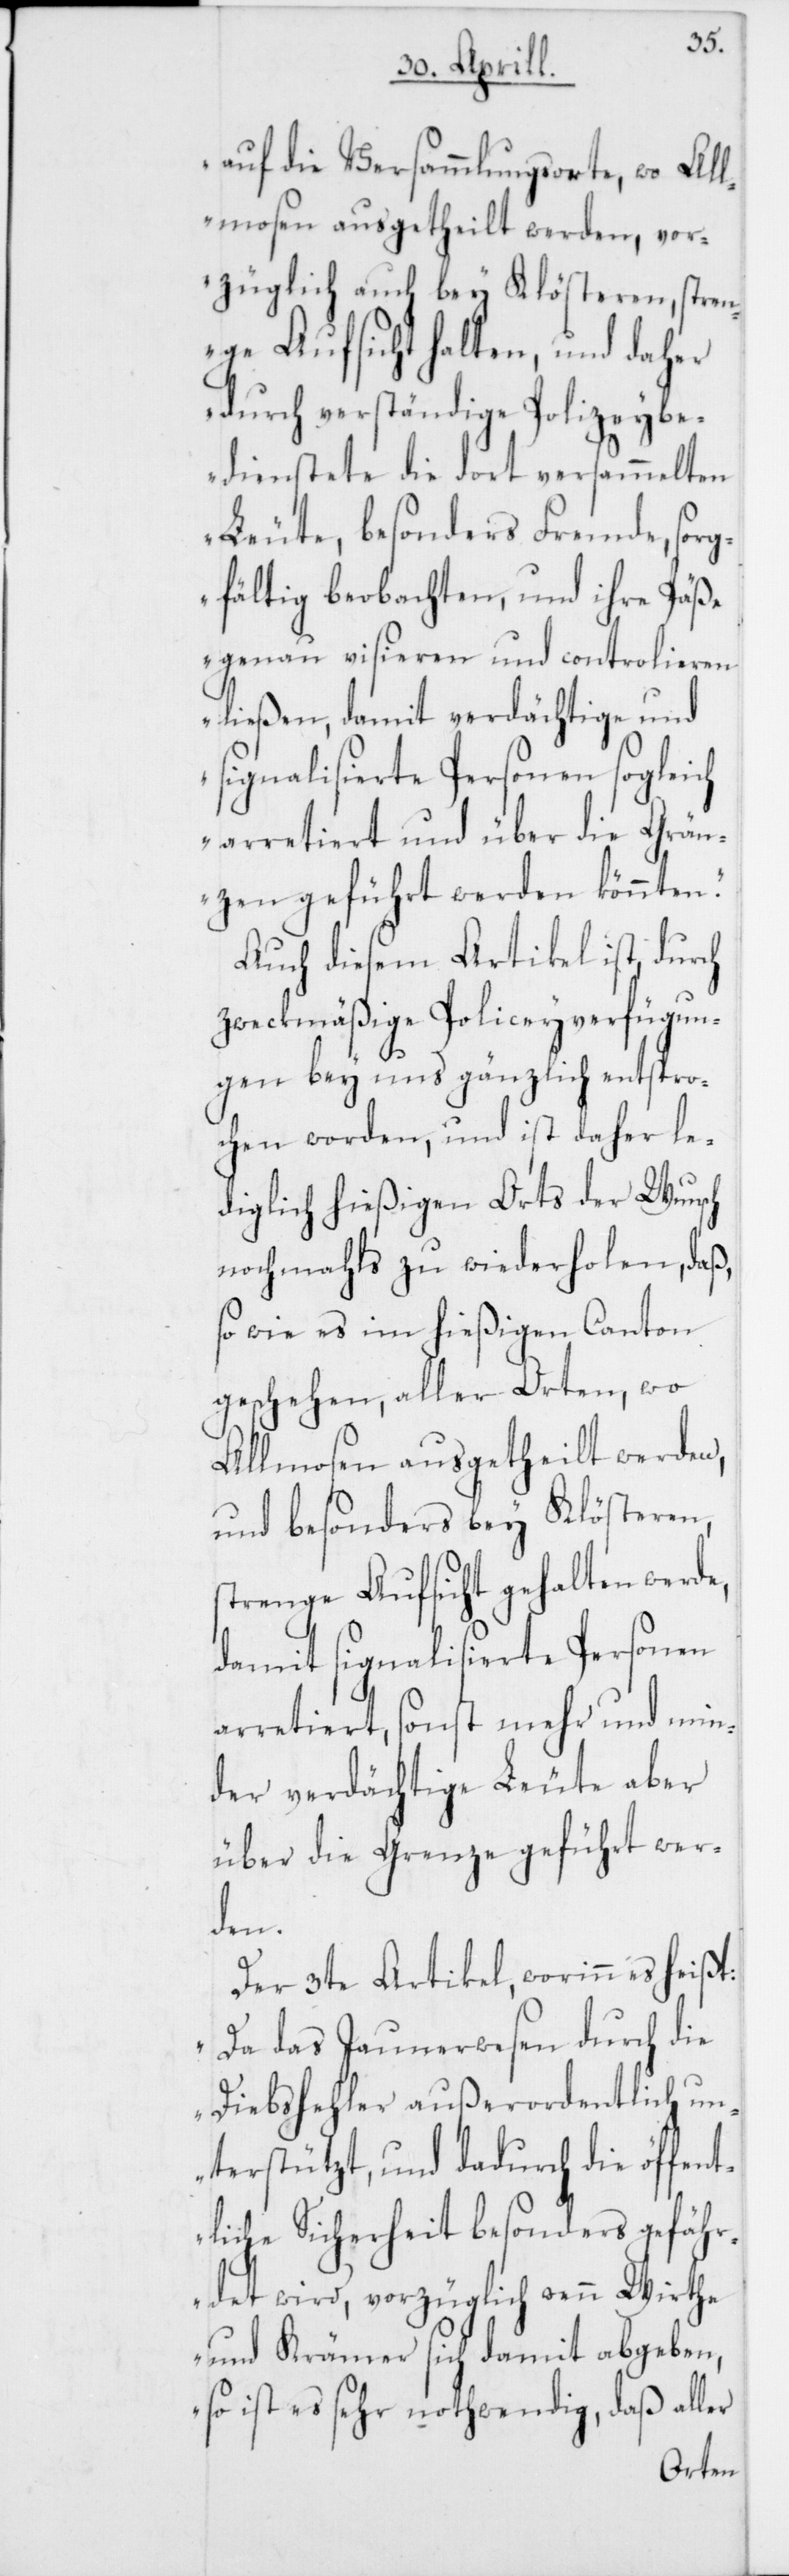
auf die Versammlungsorte, wo All¬
mosen ausgetheilt werden, vor¬
züglich auch bey Klösteren, str¬
enge Aufsicht halten, und daher
durch verständige Polizeybe¬
dienstete die dort versammelten
Leute, besonders Fremde, sorg¬
fältig beobachten, und ihre Päße
genau visieren und controlieren
ließen, damit verdächtige und
signalisierte Personen sogleich
arretiert und über die Grän¬
zen geführt werden könnten.“
Auch diesem Artikel ist, durch
zweckmäßige Polizeyverfügun¬
gen bey uns gänzlich entspro¬
chen worden, und ist daher le¬
diglich hießigen Orts der Wunsch
nochmahls zu wiederholen, daß,
so wie es im hießigen Canton
geschehen, aller Orten, wo
Almosen ausgetheilt werden,
und besonders bey Klösteren,
strenge Aufsicht gehalten werde,
damit signalisierte Personen
arretiert, sonst mehr und min¬
der verdächtige Leute aber
über die Grenze geführt wer¬
den.
Der 3te Artikel, worinn es heißt:
„Da das Jaunerwesen durch die
Diebshehler außerordentlich un¬
terstützt, und dadurch die öffent¬
liche Sicherheit besonders gefähr¬
det wird, vorzüglich wenn Wirthe
und Krämer sich damit abgeben,
so ist es sehr nothwendig, daß aller